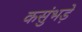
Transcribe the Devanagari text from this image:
कसुंभड़े